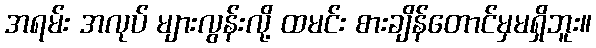
အရမ်း အလုပ် များလွန်းလို့ ထမင်း စားချိန်တောင်မှမရှိဘူး။